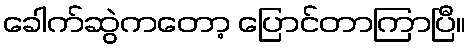
ခေါက်ဆွဲကတော့ ပြောင်တာကြာပြီ။